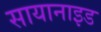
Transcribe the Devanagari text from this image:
सायानाइड